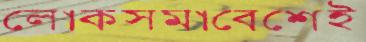
লোকসমাবেশেই